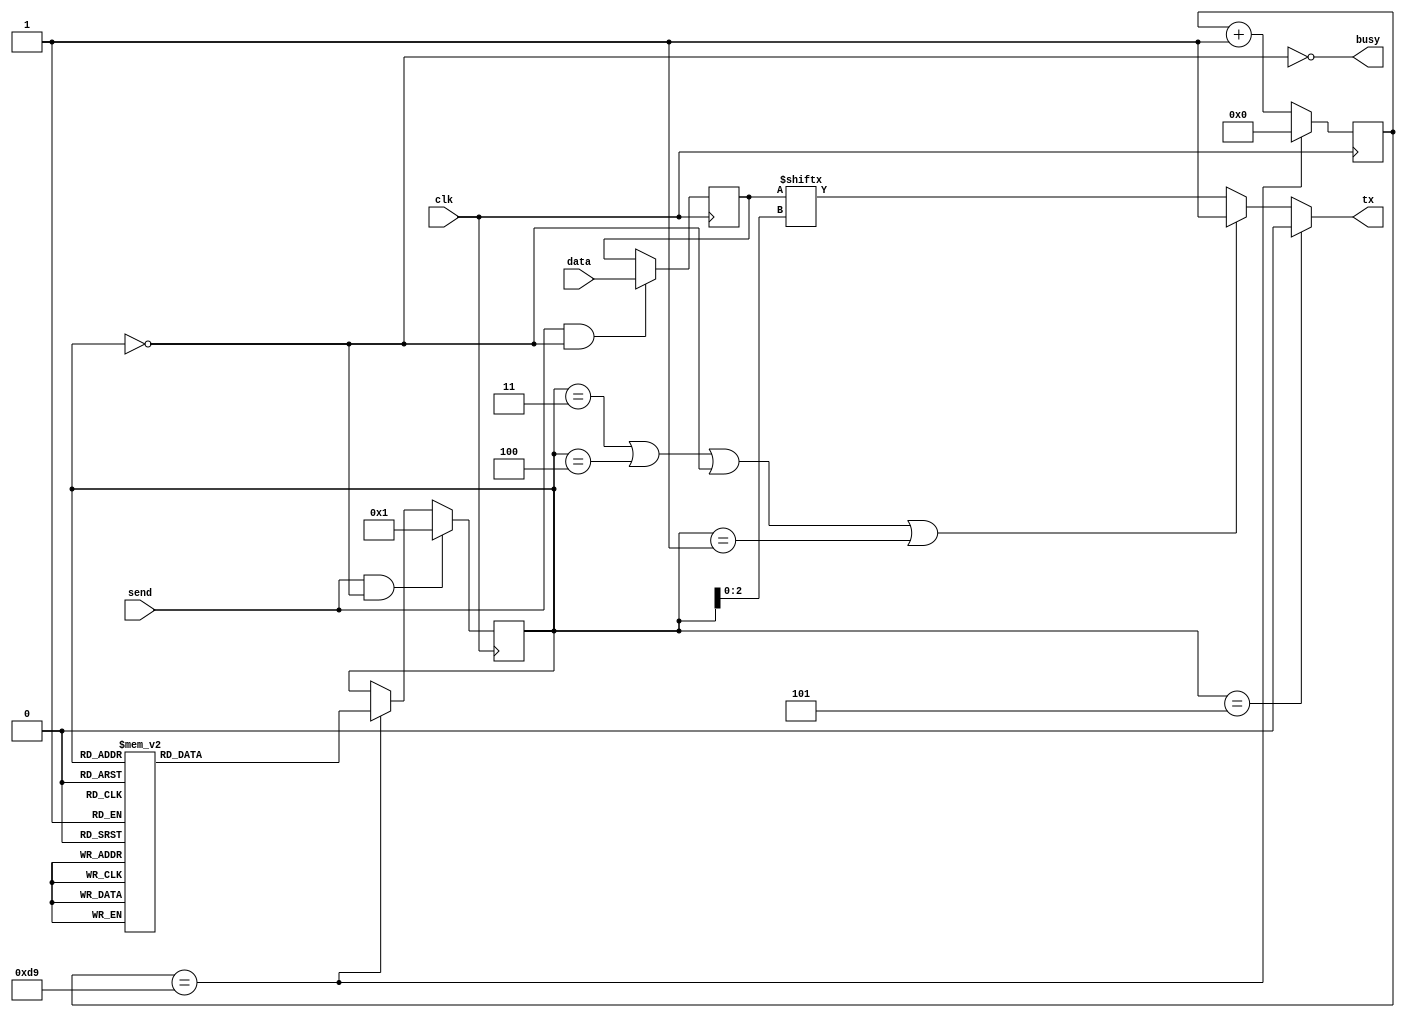
module SerialTX (
  input wire clk,  // 25MHz
  input wire send, // Send Flag
  input [7:0] data,

  output wire busy, // Busy Flag
  output wire tx
);

parameter inputFrequency  = 25000000;
parameter baudRate        = 115200;
parameter baudGenWidth    = 16;
parameter baudMax         = (inputFrequency / baudRate);


reg  [baudGenWidth-1:0] baudDivider = 0;

wire baudClock = baudDivider == baudMax;

always @(posedge clk)
begin
  if (baudClock)
    baudDivider <= 0;
  else
    baudDivider <= baudDivider + 1;
end

localparam
  S_READY    = 4'b0000, // => Ready
  S_STARTED  = 4'b0001, // => Started (busy)
  S_STOP0    = 4'b0011, // => Stop bit 1
  S_STOP1    = 4'b0100, // => Stop bit 2
  S_START    = 4'b0101, // => Start Bit
  S_BIT0     = 4'b1000, // => Bit 0
  S_BIT1     = 4'b1001, // => Bit 1
  S_BIT2     = 4'b1010, // => Bit 2
  S_BIT3     = 4'b1011, // => Bit 3
  S_BIT4     = 4'b1100, // => Bit 4
  S_BIT5     = 4'b1101, // => Bit 5
  S_BIT6     = 4'b1110, // => Bit 6
  S_BIT7     = 4'b1111; // => Bit 7

reg [3:0] state = S_READY;

wire ready = (state == S_READY);
assign busy = ~ready;

reg [7:0] txData;

// Data Save
always @(posedge clk)
begin
  if (send & ready)
  begin
    txData <= data;
  end
end

// State Machine Change
always @(posedge clk)
begin
  if (send && state == S_READY)
  begin
    state <= S_STARTED;
  end
  else if (baudClock)
  begin
    case(state)
      S_STARTED:  state <= S_START;
      S_START:    state <= S_BIT0;
      S_BIT0:     state <= S_BIT1;
      S_BIT1:     state <= S_BIT2;
      S_BIT2:     state <= S_BIT3;
      S_BIT3:     state <= S_BIT4;
      S_BIT4:     state <= S_BIT5;
      S_BIT5:     state <= S_BIT6;
      S_BIT6:     state <= S_BIT7;
      S_BIT7:     state <= S_STOP0;
      S_STOP0:    state <= S_STOP1;
      S_STOP1:    state <= S_READY;
      default:    state <= S_READY;
    endcase
  end
end

reg bitOut;

always @(*)
begin
  if (state == S_START)
    bitOut <= 0; // Start bit
  else if (state == S_STOP0 || state == S_STOP1 || state == S_READY || state == S_STARTED)
    bitOut <= 1;
  else
    bitOut <= txData[state[2:0]];
end

assign tx = bitOut;

endmodule